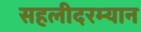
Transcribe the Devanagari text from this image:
सहलीदरम्यान